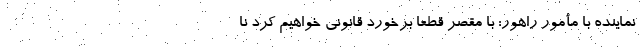
نماینده با مأمور راهور: با مقصر قطعاً برخورد قانونی خواهیم کرد نا